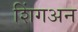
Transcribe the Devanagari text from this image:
शिंगअन